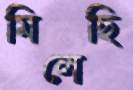
মিলেছি